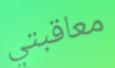
معاقبتي